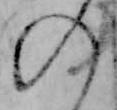
の